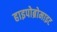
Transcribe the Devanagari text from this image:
हाइपोब्रोमाइट